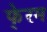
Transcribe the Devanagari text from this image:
फे्रम